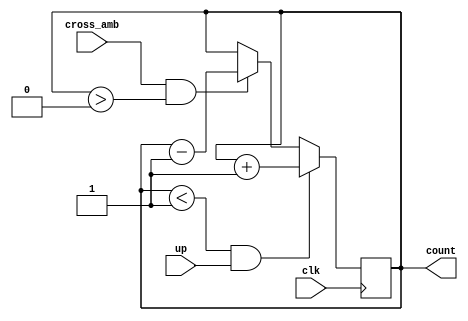
`timescale 1ns / 1ps
/*
Almacena la cantidad de ambulacias en la calle vertical. Puede haber una como mximo.
*/
module counter_amb(
    input clk,
    input up,
    input cross_amb,
    output count
);
   
reg cuenta;
assign count = cuenta;   
 
always @(posedge clk)
begin
if((cuenta <1) && up)
cuenta = cuenta + 1;
else if (cross_amb&&(cuenta>0))
cuenta = cuenta - 1;
end    
endmodule